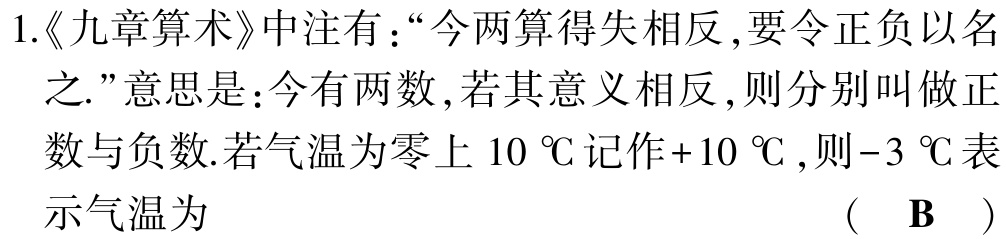
1.《九章算术》中注有：“今两算得失相反 ,要令正负以名之.”意思是：今有两数 ,若其意义相反 ,则分别叫做正数与负数.若气温为零上 \(10\ ^{\circ}\text{C}\) 记作\(+10\ ^{\circ}\text{C}\) ,则\(-3\ ^{\circ}\text{C}\) 表示气温为 （ B ）